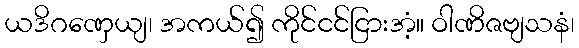
ယဒိဂဏှေယျ၊ အကယ်၍ ကိုင်ငင်ငြားအံ့။ ဝါဏိဇဗျသနံ၊